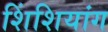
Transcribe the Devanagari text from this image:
शिंशियांग